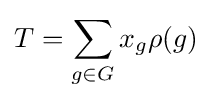
T=\sum _{g\in G}x_{g}\rho (g)